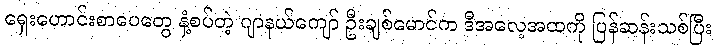
ရှေးဟောင်းစာပေတွေ နှံ့စပ်တဲ့ ဂျာနယ်ကျော် ဦးချစ်မောင်က ဒီအလေ့အထကို ပြန်ဆန်းသစ်ပြီး